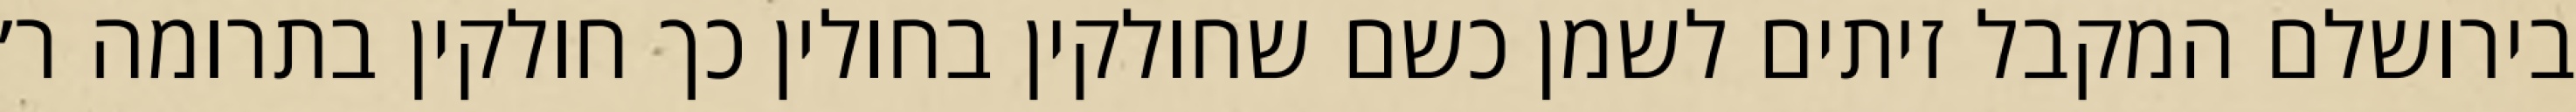
בירושלם המקבל זיתים לשמן כשם שחולקין בחולין כך חולקין בתרומה ר׳